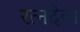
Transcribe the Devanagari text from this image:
रत्नदेव।